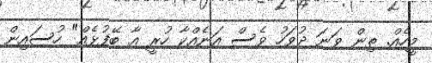
މީހެއް. ތިން ވަނަ ދުވަހު ވެސް އަނެއްކާ ހުރީ އާ ބޭފުޅެއް" ހުސައިން